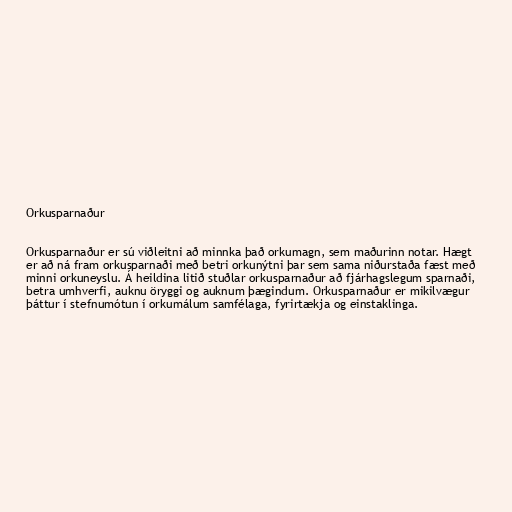
Orkusparnaður

Orkusparnaður er sú viðleitni að minnka það orkumagn, sem maðurinn notar. Hægt
er að ná fram orkusparnaði með betri orkunýtni þar sem sama niðurstaða fæst með
minni orkuneyslu. Á heildina litið stuðlar orkusparnaður að fjárhagslegum sparnaði,
betra umhverfi, auknu öryggi og auknum þægindum. Orkusparnaður er mikilvægur
þáttur í stefnumótun í orkumálum samfélaga, fyrirtækja og einstaklinga.